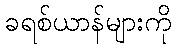
ခရစ်ယာန်များကို